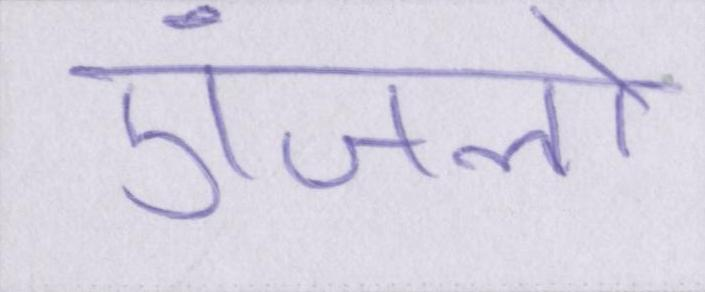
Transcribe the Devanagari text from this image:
एंजलो